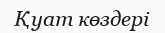
Қуат көздері